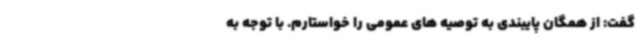
گفت: از همگان پایبندی به توصیه های عمومی را خواستارم. با توجه به